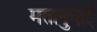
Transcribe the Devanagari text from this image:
मतानुयाई